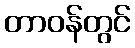
တာဝန်တွင်